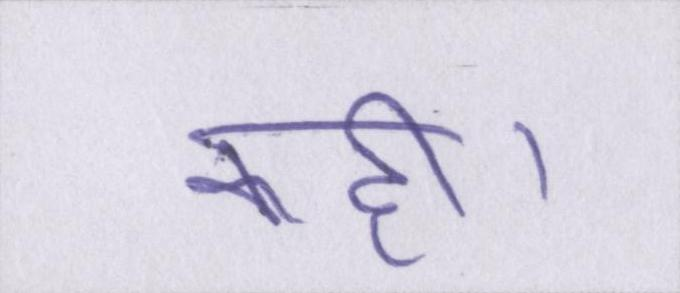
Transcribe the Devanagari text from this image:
कही।